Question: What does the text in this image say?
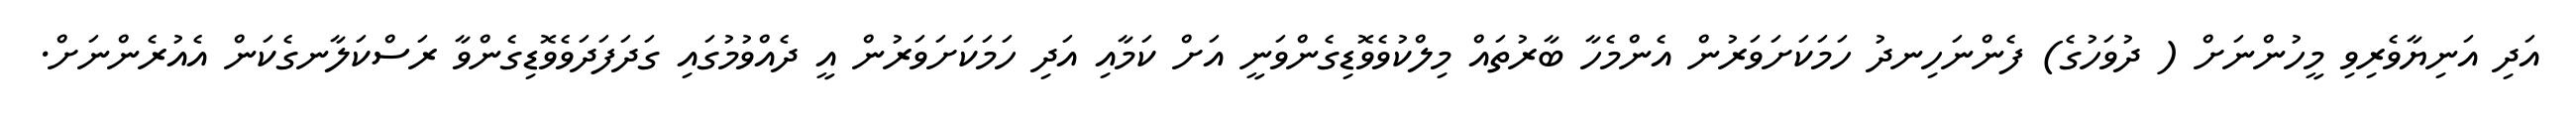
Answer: އަދި އަނިޔާވެރިވި މީހުންނަށް ( ދުވަހުގެ) ފެންނަހިނދު ހަމަކަށަވަރުން އެންމެހާ ބާރުތައް މިލްކުވެވޮޑިގެންވަނީ އަށް ކަމާއި އަދި ހަމަކަށަވަރުން އީ ދެއްވުމުގައި ގަދަފަދަވެވޮޑިގެންވާ ރަސްކަލާނގެކަން އެއުރެންނަށް.